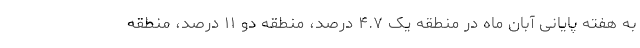
به هفته پایانی آبان ماه در منطقه یک ۴.۷ درصد، منطقه دو ۱۱ درصد، منطقه